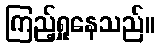
ကြည့်ရှုနေသည်။